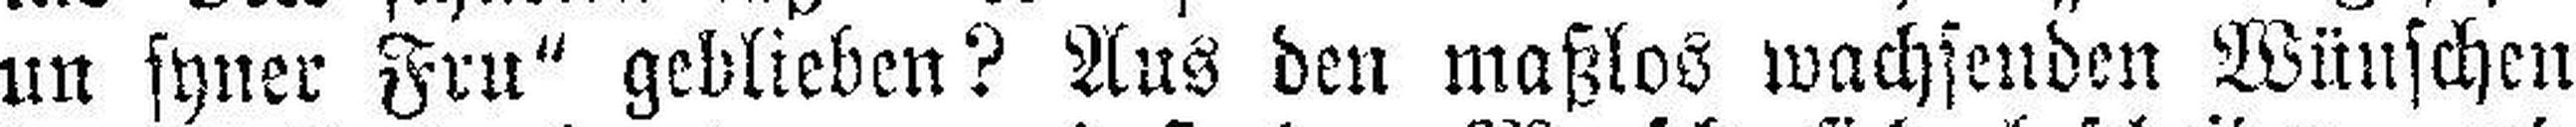
un syner Frn“ geblieben? Aus den maßlos wachsenden Wünschen